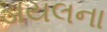
ડાયલના